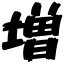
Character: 増